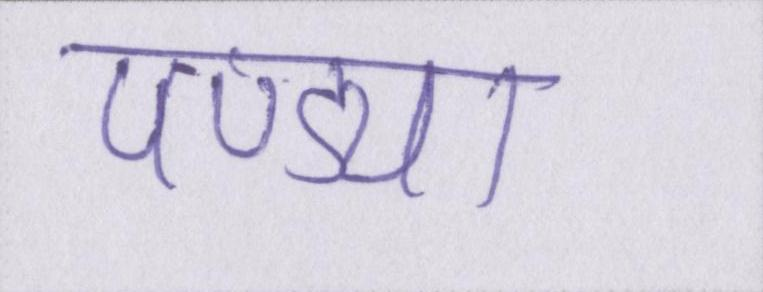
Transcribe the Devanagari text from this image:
पण्ड्या